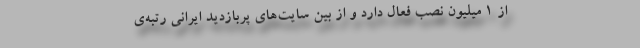
از ۱ میلیون نصب فعال دارد و از بین سایت‌های پربازدید ایرانی رتبه‌ی